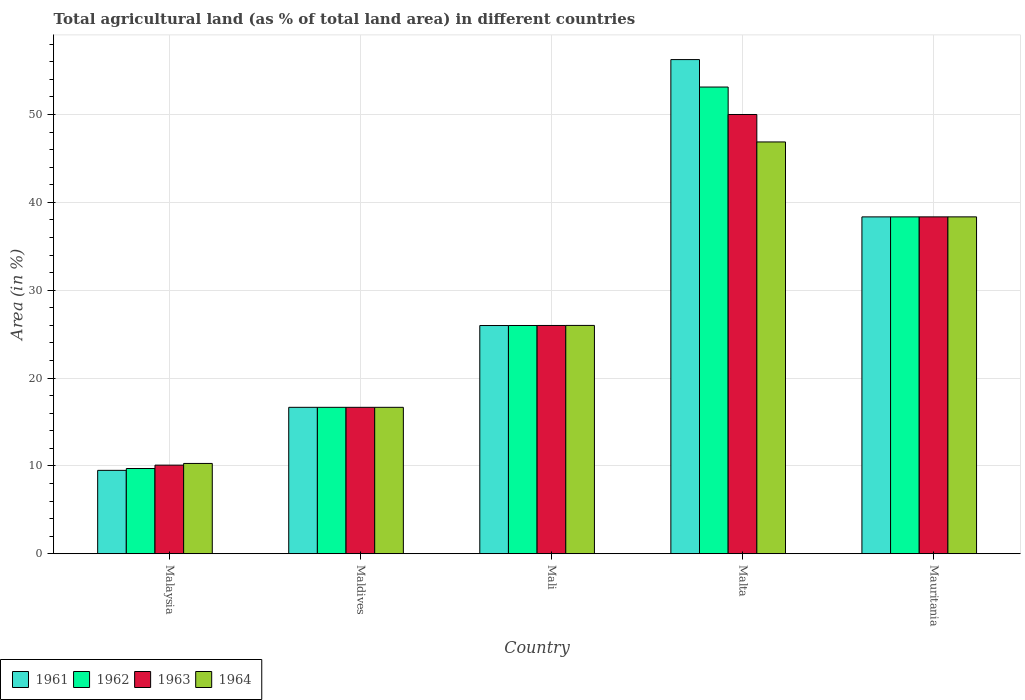
| Country | 1961 | 1962 | 1963 | 1964 |
 | --- | --- | --- | --- | --- |
 | Malaysia | 9.49 | 9.7 | 10.1 | 10.3 |
 | Maldives | 16.7 | 16.7 | 16.7 | 16.7 |
 | Mali | 26 | 26 | 26 | 26 |
 | Malta | 56.2 | 53.1 | 50 | 46.9 |
 | Mauritania | 38.3 | 38.3 | 38.3 | 38.3 |